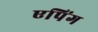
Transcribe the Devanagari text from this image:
एपिंग